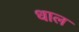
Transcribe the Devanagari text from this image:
धाल